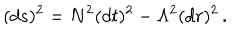
LaTeX: ( d s ) ^ { 2 } = N ^ { 2 } ( d t ) ^ { 2 } - \Lambda ^ { 2 } ( d r ) ^ { 2 } \, .